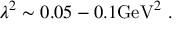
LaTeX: \lambda ^ { 2 } \sim 0 . 0 5 - 0 . 1 \mathrm { G e V } ^ { 2 } \ .